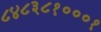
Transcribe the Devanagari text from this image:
८४८३८१०००१